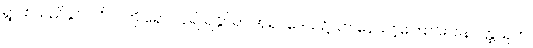
ရွာ၊ စသည်နှင် ပဂ္ဂိုလ်ကို ရှောင်ခါ၍ ရနိုင်ရာ အရပ်ဒေသ၌သာ နေသင့်ကြောင်း၊ ဝနပတ္ထသုတ်၊